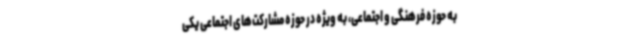
به حوزه فرهنگی و اجتماعی، به ‌ویژه در حوزه مشارکت‌های اجتماعی یکی